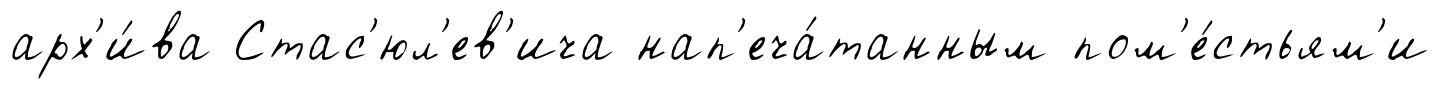
арх'и́ва Стас'юл'ев'ича нап'еча́танным пом'е́стьям'и